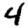
Digit: 4